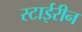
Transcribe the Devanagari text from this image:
स्टाईरीन